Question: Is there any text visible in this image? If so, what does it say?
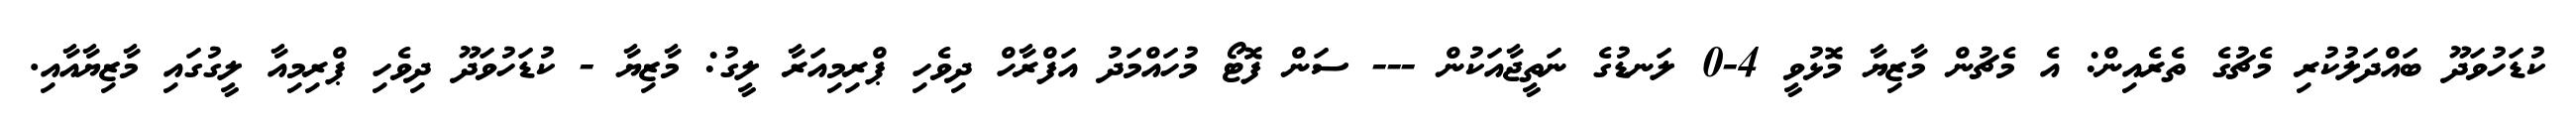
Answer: ކުޑަހުވަދޫ ބައްދަލުކުރި މެޗުގެ ތެރެއިން: އެ މެޗުން މާޒިޔާ މޮޅުވީ 4-0 ލަނޑުގެ ނަތީޖާއަކުން --- ސަން ފޮޓޯ މުހައްމަދު އަފްރާހް ދިވެހި ޕްރިމިއަރާ ލީގު: މާޒިޔާ - ކުޑަހުވަދޫ ދިވެހި ޕްރިމިއާ ލީގުގައި މާޒިޔާއާއި.